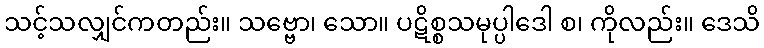
သင့်သလျှင်ကတည်း။ သဗ္ဗော၊ သော။ ပဋိစ္စသမုပ္ပါဒေါ စ၊ ကိုလည်း။ ဒေသိ